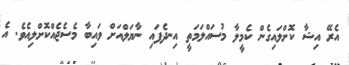
އެރޭ އިޝާ ކޮށްލައިގެން ކެމީލާ މުސައްލަމަތީ އިނދެފައި ނާޔަލްއަށް ވައިބާ މެސެޖެއްކޮށްލިއެވެ. އެ